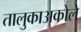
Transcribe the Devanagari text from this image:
तालुकाअकोले